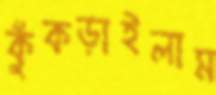
কুঁকড়াইলাম